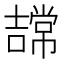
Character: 𭋠